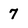
Character: 7